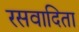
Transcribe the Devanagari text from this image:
रसवादिता